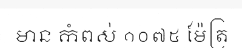
មាន កំពស់ ១០៧៥ ម៉ែត្រ